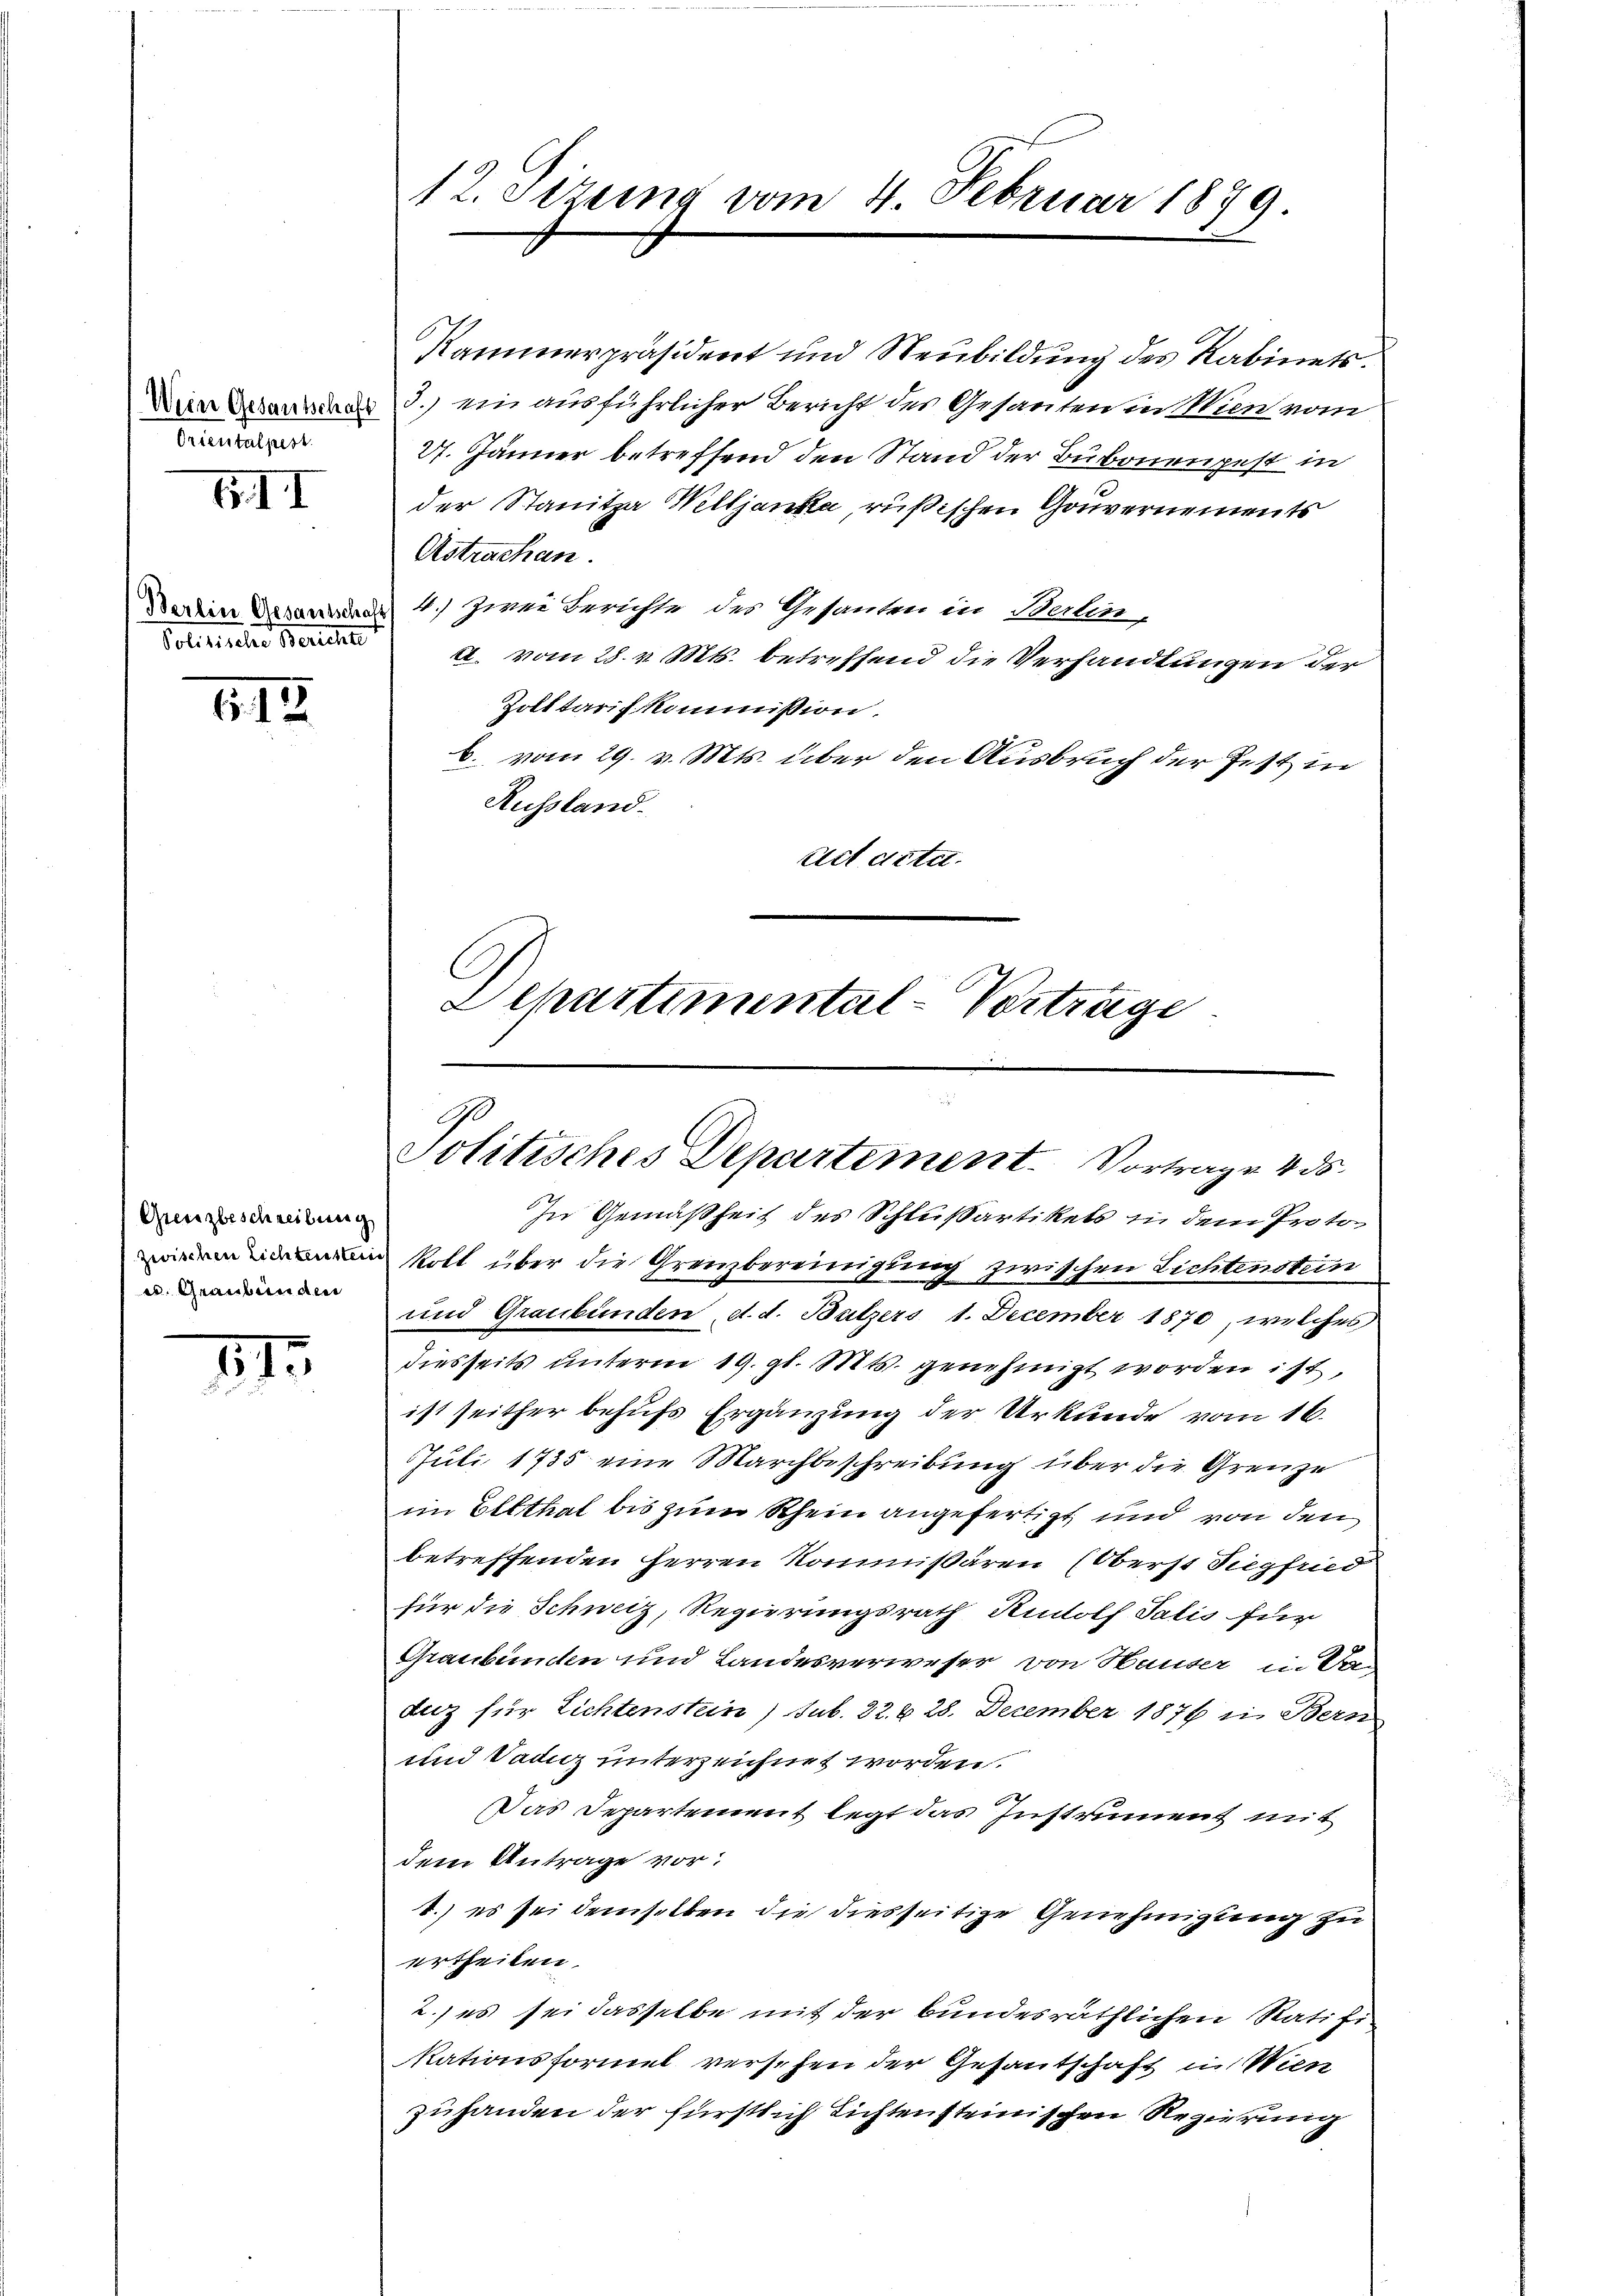
Wien Gesantschaft
Orientalpert.

II

Politischer Berechte

1.12.

Grenzbeschreibung
u. Graubünden

I.
.

12. Stzung vom 4. Februar 1879

Kammerpräsident und Neubildung des Kabinets¬
3.) ein ausführlicher Bericht des Gesanten in Wien vom
27. Jänner betreffend den Stand der Bubonengest in
der Stanitza Welljanka, rußischen Gouvernements
Astrachen.
Verein Wesend 4. zwei Berichte des Gesanden in Berten,
a. vom 28. v. Mts. betreffend die Verhandlungen der
Zottarif kommission.
b. vom 29. v. Mts. über den Ausbruch der Fest in
Russland.
Act ditet.
C
Departimental-Vorträge

In Gemäßheit des Schlußartikels in dem Proto
in koll über die Grenzbereinigung zwischen Lichtenstein
und Graubünden d. d. Batzers 1. December 1870, welches
diesseits unterm 19. gl. Mts. genehmigt worden ist,
ist seither behufs Ergänzung der Urkunde vom 16.
Juli 1735 eine Marchbeschreibung über die Grenze
eim Eltthal bis zum Rhein angefertigt und von den
betreffenden Herren Kommißären (Oberst Siegfried
für die Schweiz, Regierungsrath Rudolf Salis für
Graubünden und Landesverweser von Hauser in Sa-
duz für Lichtenstein) sub. 22. 628. December 1876 in Bern
und Tanz unterzeichnet worden.
Das Departement legt das Instrument mit
dem Antrage vor:
1.) es sei demselben die diesseitige Genehmigung zu
ertheilen.
2.) es sei dasselbe mit der bundesräthlichen Ratifikationsformel versehen der Gesantschaft in Wien
zuhanden der fürstlich Lichtensteinischen Regierung

Politisches Departement. Vortrage 4. ds.